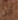
أين